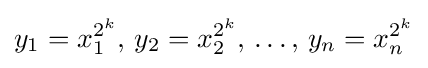
y_{1}=x_{1}^{2^{k}},\,y_{2}=x_{2}^{2^{k}},\,\dots ,\,y_{n}=x_{n}^{2^{k}}